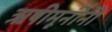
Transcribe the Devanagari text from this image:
ऋषीमूनींनी